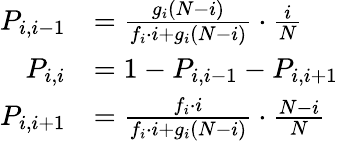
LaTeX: {\begin{array}{rl}{P_{i,i-1}}&{={\frac{g_{i}(N-i)}{f_{i}\cdot i+g_{i}(N-i)}}\cdot{\frac{i}{N}}}\\ {P_{i,i}}&{=1-P_{i,i-1}-P_{i,i+1}}\\ {P_{i,i+1}}&{={\frac{f_{i}\cdot i}{f_{i}\cdot i+g_{i}(N-i)}}\cdot{\frac{N-i}{N}}}\end{array}}